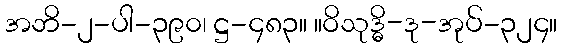
အဘိ-၂-ပါ-၃၉၀၊ ဋ္ဌ-၄၈၃။ ။ဝိသုဒ္ဓိ-ဒု-အုပ်-၃၂၄။